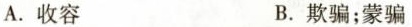
A.收容 B.欺骗;蒙骗